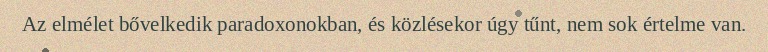
Az elmélet bővelkedik paradoxonokban, és közlésekor úgy tűnt, nem sok értelme van.